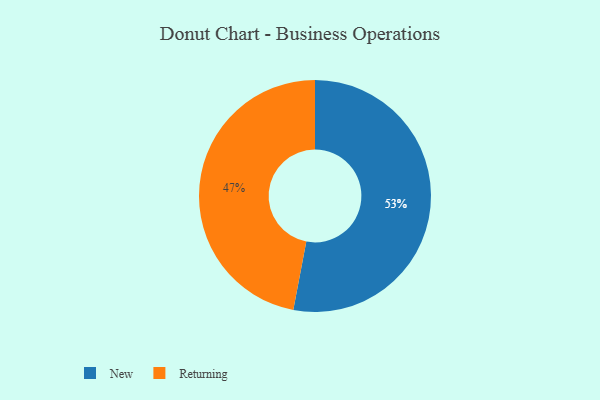
{"axis": {"x": "Category", "y": "Percentage"}, "legend": ["New", "Returning"], "data": [{"x": "New", "y": 53, "type": "New"}, {"x": "Returning", "y": 47, "type": "Returning"}]}